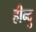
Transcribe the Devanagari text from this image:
हीन्दु